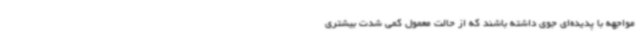
مواجهه با پدیده‌ای جوی داشته باشند که از حالت معمول کمی شدت بیشتری